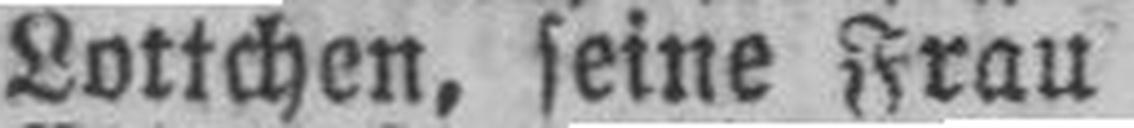
Lottchen, seine Frau